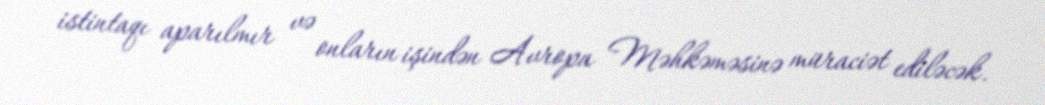
istintaqı aparılmır və onların işindən Avropa Məhkəməsinə müraciət ediləcək.